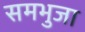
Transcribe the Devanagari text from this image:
समभुजा